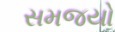
સમજયો